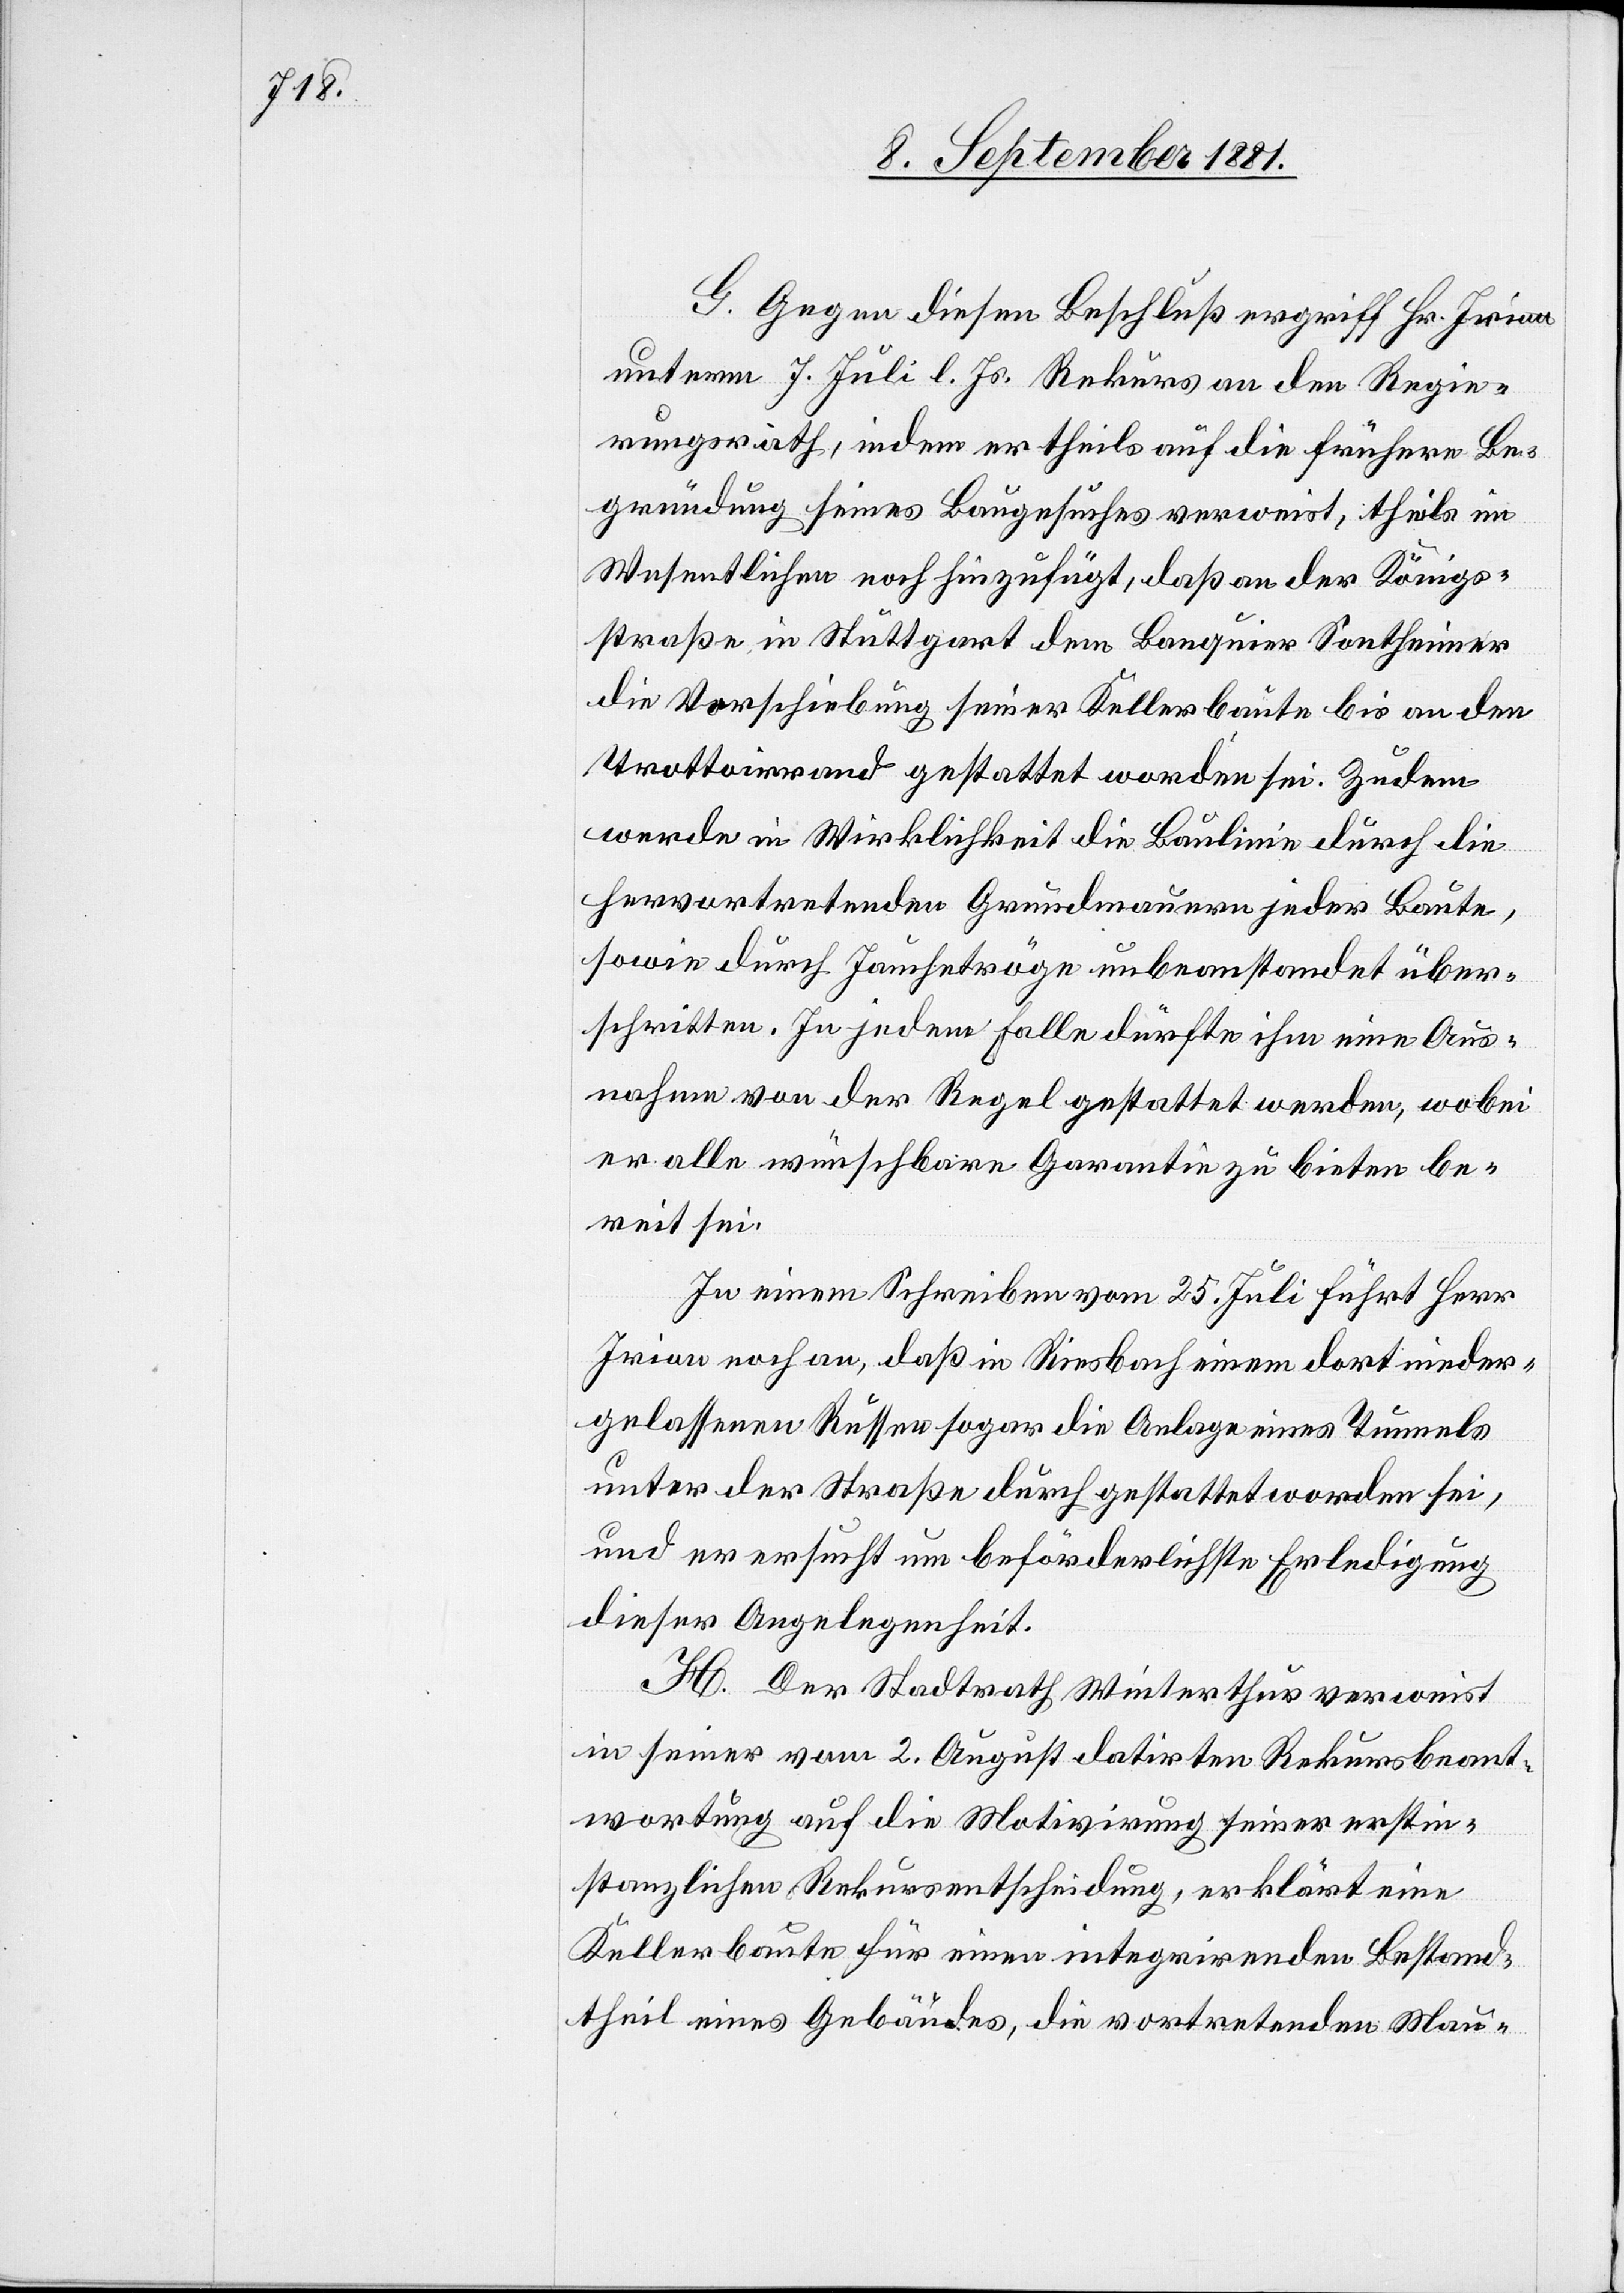
G. Gegen diesen Beschluß ergriff Hr. Irion
unterm 7 Juli l. Js. Rekurs an den Regie¬
rungsrath, indem er theils auf die frühere Be¬
gründung seines Baugesuches verweist, theils im
Wesentlich noch hinzufügt, daß an der Königs¬
straße in Stuttgart dem Banquier Sontheimer
werde in Wirklichkeit die Baulinie durch die
hervortretenden Grundmauern jeder Baute,
sowie durch Jaucheträge unbeanstandet über¬
schritten. In jedem Falle dürfte ihm eine Aus¬
nahme von der Regel gestattet werden, wobei
er alle wünschbare Garantie zu bieten be¬
reit sei.
In einem Schreiben vom 25. Juli führt Herr
Irion noch an, daß in Riesbach einem dort nieder¬
gelassenen Russen sogar die Anlage eines Tunnels
unter der Straße durch gestattet worden sei,
und er ersucht um beförderlichste Erledigung
dieser Angelegenheit.
H. Der Stadtrath Winterthur verweist
in seiner vom 2. August datirten Rekursbeant¬
wortung auf die Motivirung seiner erstin¬
stanzlichen Rekursentscheidung, erklärt eine
Kellerbaute für einen integrirenden Bestand¬
theil eines Gebäudes, die vortretenden Mau-